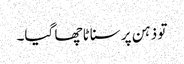
تو ذہن پر سناٹا چھا گیا۔